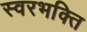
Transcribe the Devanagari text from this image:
स्वरभक्ति